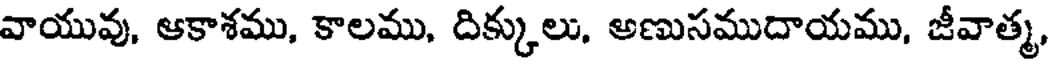
వాయువు, ఆకాశము, కాలము, దిక్కులు, అణుసముదాయము, జీవాత్మ,